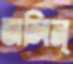
অলিন্